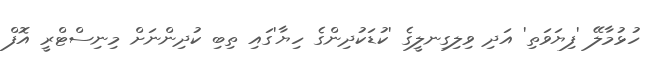
ހުޅުމާލޭ 'ފިޔަވަތި' އަދި ވިލިގިނލީގެ 'ކުޑަކުދިންގެ ހިޔާ'ގައި ތިބި ކުދިންނަށް މިނިސްޓްރީ އޮފް